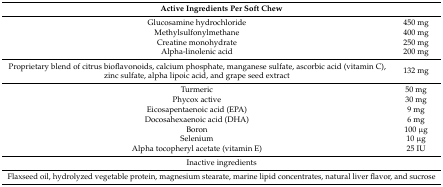
<table><thead><tr><td colspan="2"><b>Active Ingredients Per Soft Chew</b></td></tr></thead><tbody><tr><td>Glucosamine hydrochloride</td><td>450 mg</td></tr><tr><td>Methylsulfonylmethane</td><td>400 mg</td></tr><tr><td>Creatine monohydrate</td><td>250 mg</td></tr><tr><td>Alpha-linolenic acid</td><td>200 mg</td></tr><tr><td>Proprietary blend of citrus bioflavonoids, calcium phosphate, manganese sulfate, ascorbic acid (vitamin C), zinc sulfate, alpha lipoic acid, and grape seed extract</td><td>132 mg</td></tr><tr><td>Turmeric</td><td>50 mg</td></tr><tr><td>Phycox active</td><td>30 mg</td></tr><tr><td>Eicosapentaenoic acid (EPA)</td><td>9 mg</td></tr><tr><td>Docosahexaenoic acid (DHA)</td><td>6 mg</td></tr><tr><td>Boron</td><td>100 μg</td></tr><tr><td>Selenium</td><td>10 μg</td></tr><tr><td>Alpha tocopheryl acetate (vitamin E)</td><td>25 IU</td></tr><tr><td colspan="2">Inactive ingredients</td></tr><tr><td colspan="2">Flaxseed oil, hydrolyzed vegetable protein, magnesium stearate, marine lipid concentrates, natural liver flavor, and sucrose</td></tr></tbody></table>